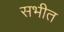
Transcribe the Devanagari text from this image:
सभीत